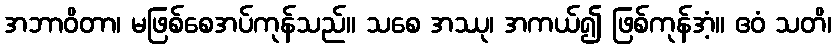
အဘာဝိတာ၊ မဖြစ်စေအပ်ကုန်သည်။ သစေ အဿု၊ အကယ်၍ ဖြစ်ကုန်အံ့။ ဧဝံ သတိ၊